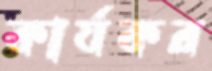
কার্যকর